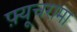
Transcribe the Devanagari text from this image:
फ़्यूचरामा